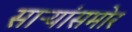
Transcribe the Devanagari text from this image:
साऱ्यांसमोर